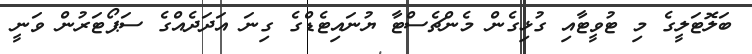
ބަލޮޓަލީގެ މި ޓުވީޓާއި ގުޅިގެން މެންޗެސްޓާ ޔުނައިޓެޑްގެ ގިނަ އަދަދެއްގެ ސަޕޯޓަރުން ވަނީ